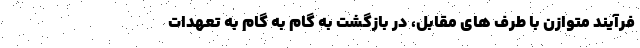
فرآیند متوازن با طرف های مقابل، در بازگشت به گام به گام به تعهدات